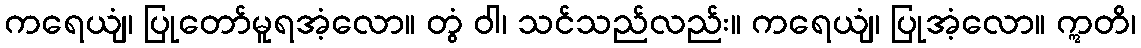
ကရေယျံ၊ ပြုတော်မူရအံ့လော။ တွံ ဝါ၊ သင်သည်လည်း။ ကရေယျံ၊ ပြုအံ့လော။ ဣတိ၊